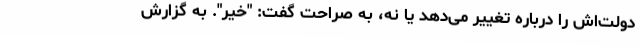
دولت‌اش را درباره تغییر می‌دهد یا نه، به صراحت گفت: "خیر". به گزارش